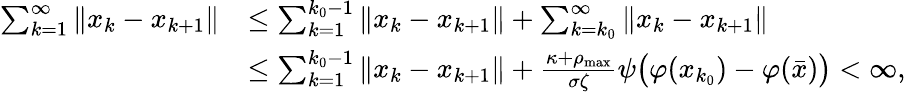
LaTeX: \begin{array}{rl}{\sum_{k=1}^{\infty}\| x_{k}-x_{k+1}\| }&{\leq\sum_{k=1}^{k_{0}-1}\| x_{k}-x_{k+1}\| +\sum_{k=k_{0}}^{\infty}\| x_{k}-x_{k+1}\| }\\ &{\leq\sum_{k=1}^{k_{0}-1}\| x_{k}-x_{k+1}\| +\frac{\kappa+\rho_{\operatorname*{max}}}{\sigma\zeta}\psi\big(\varphi(x_{k_{0}})-\varphi(\bar{x})\big)<\infty,}\end{array}